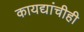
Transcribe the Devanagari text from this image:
कायद्यांचीही